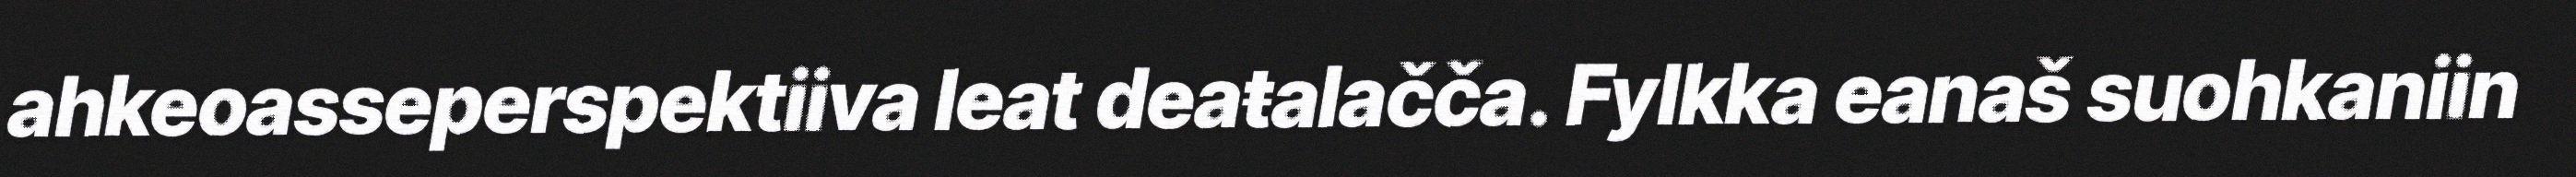
ahkeoasseperspektiiva leat deaŧalačča. Fylkka eanaš suohkaniin